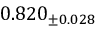
0 . 8 2 0 _ { \pm 0 . 0 2 8 }